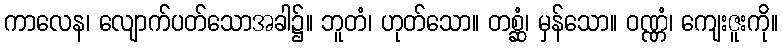
ကာလေန၊ လျောက်ပတ်သောအခါ၌။ ဘူတံ၊ ဟုတ်သော။ တစ္ဆံ၊ မှန်သော။ ဝဏ္ဏံ၊ ကျေးဇူးကို။